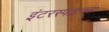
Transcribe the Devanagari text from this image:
इंटरस्पाइनस